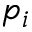
p _ { i }